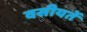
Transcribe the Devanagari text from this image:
वसीयतें